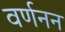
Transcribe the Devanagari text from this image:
वर्णनन